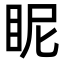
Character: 眤